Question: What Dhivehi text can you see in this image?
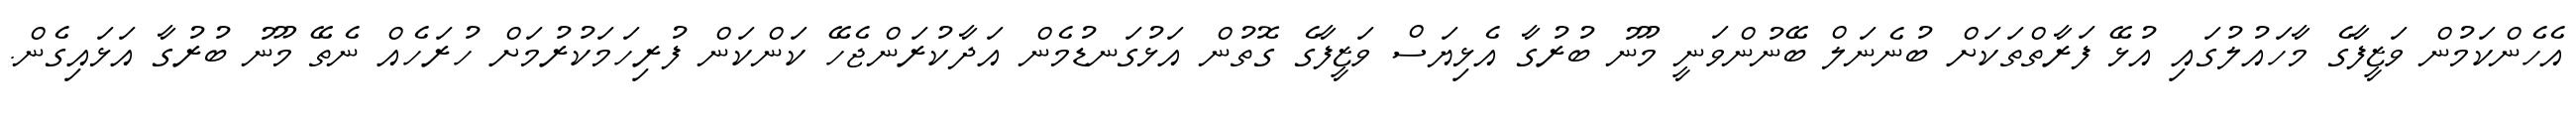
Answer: އެހެންކަމުން ވަޒީފާގެ މާހައުލުގައި އުޅޭ ފަރާތްތަކަށް ބުނެނަލް ބޭނުންވަނީ މޫނު ބުރުގާ އެޅިޔަސް ވަޒީފާގެ ގޮތުން އަޅުގަނޑުމެން އަދާކުރަންޖެހޭ ކަންކަން ފުރިހަމަކުރުމަށް ހުރަހެއް ނެތޭ މޫނު ބުރުގާ އަޅައިގެން.